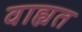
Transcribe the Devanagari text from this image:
वाह्यत